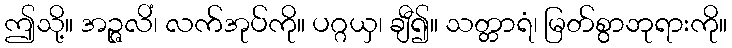
ဤသို့။ အဉ္ဇလိံ၊ လက်အုပ်ကို။ ပဂ္ဂယှ၊ ချီ၍။ သတ္တာရံ၊ မြတ်စွာဘုရားကို။